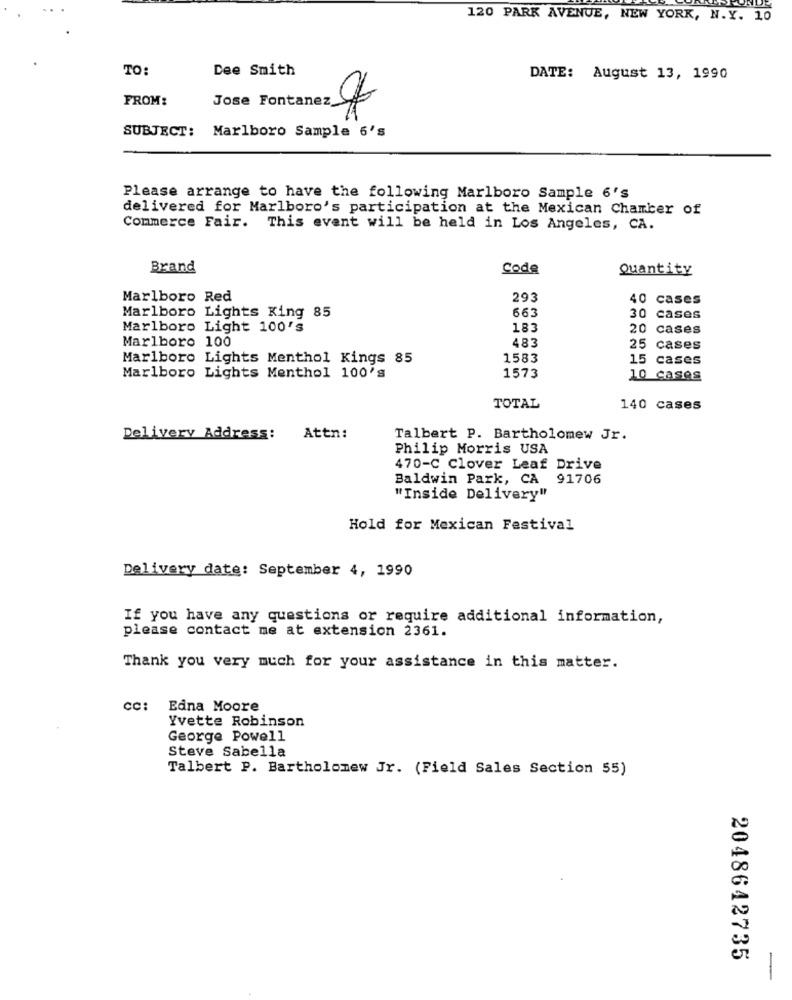
120 PARK AVENUE, NEW YORK, N.Y. 10
TO:
Dee Smith
DATE: August 13, 1990
FROM:
Jose Fontanez
SUBJECT: Marlboro Sample 6's
Please arrange to have the following Marlboro Sample 6's
delivered for Marlboro's participation at the Mexican Chamber of
Commerce Fair. This event will be held in Los Angeles, CA.
Brand
Code
Quantity
Marlboro Red
293
40 cases
Marlboro Lights King 85
663
30 cases
Marlboro Light 100's
183
20 cases
Marlboro 100
483
25 cases
Marlboro Lights Menthol Kings 85
1583
15 cases
Marlboro Lights Menthol 100's
1573
10 cases
TOTAL
140 cases
Delivery Address:
Attn:
Talbert P. Bartholomew Jr.
Philip Morris USA
470-C Clover Leaf Drive
Baldwin Park, CA 91706
"Inside Delivery"
Hold for Mexican Festival
Delivery date: September 4, 1990
If you have any questions or require additional information,
please contact me at extension 2361.
Thank you very much for your assistance in this matter.
CC:
Edna Moore
Yvette Robinson
George Powell
Steve Sabella
Talbert P. Bartholomew Jr. (Field Sales Section 55)
2048642735
-